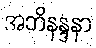
အဘိနန္ဒနာ